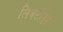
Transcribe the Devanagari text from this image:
लिबर्टीवर